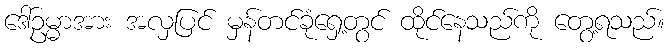
ဒေါ်ဥမ္မာအား အလှပြင် မှန်တင်ခုံရှေ့တွင် ထိုင်နေသည်ကို တွေ့ရသည်။